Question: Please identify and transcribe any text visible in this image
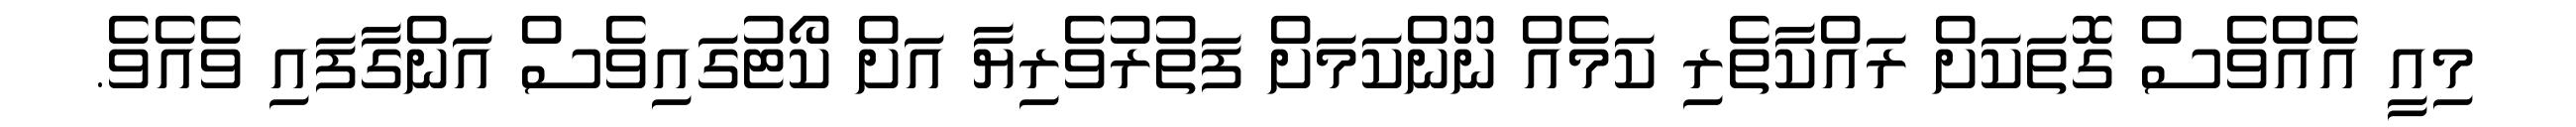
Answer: މިއީ އެއްވެސް ގޮތަކަށް ރައްކާތެރި ކަމެއް ނޫންކަމަށް ފަތުރުވެރިޔާ އަށް ކޯޓުގައިވެސް އަންގާފައި ވެއެވެ.